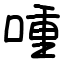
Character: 喠